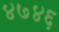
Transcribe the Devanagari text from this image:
४७४६